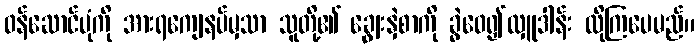
ဝန်ဆောင်ပုံကို အားရကျေနပ်မှသာ သူတို့၏ ချွေးနှဲစာကို ခွဲဝေ၍လှူဒါန်း လိုကြပေမည်။